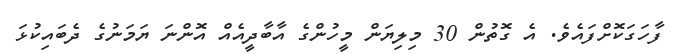
ފާހަގަކޮށްފައެވެ. އެ ގޮތުން 30 މިލިޔަން މީހުންގެ އާބާދީއެއް އޮންނަ ޔަމަނުގެ ދެބައިކުޅަ